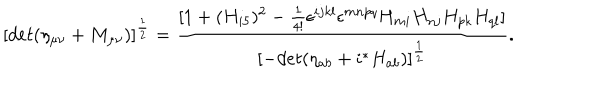
LaTeX: [ d e t ( \eta _ { \mu \nu } + M _ { \mu \nu } ) ] ^ { \frac { 1 } { 2 } } = \frac { [ 1 + ( H _ { i 5 } ) ^ { 2 } - \frac { 1 } { 4 ! } \epsilon ^ { i j k l } \epsilon ^ { m n p q } H _ { m i } H _ { n j } H _ { p k } H _ { q l } ] } { [ - d e t ( \eta _ { a b } + i { } ^ { * } H _ { a b } ) ] ^ { \frac { 1 } { 2 } } } .